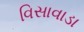
વિસાવાડા